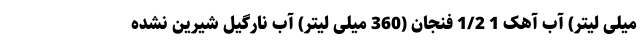
میلی لیتر) آب آهک 1 1/2 فنجان (360 میلی لیتر) آب نارگیل شیرین نشده